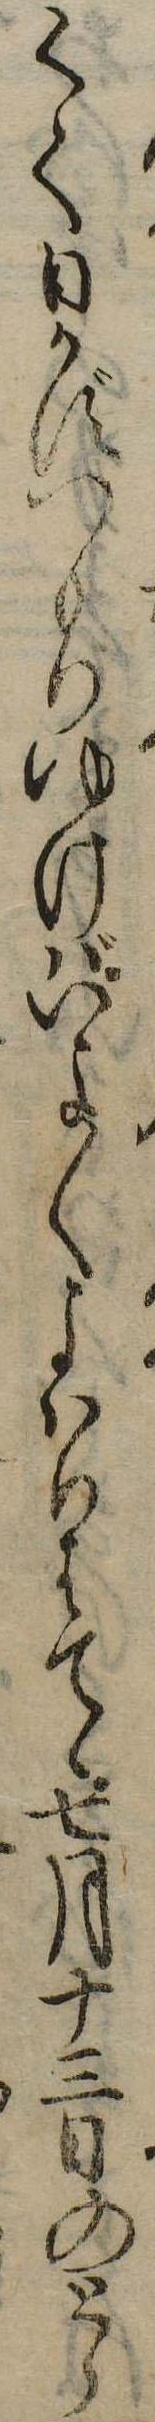
くて日かずつもりゆけばいよ〱よはりはてゝ七月十三日のとら